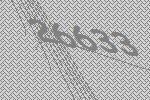
26633